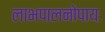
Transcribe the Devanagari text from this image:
लाभपालनोपायः